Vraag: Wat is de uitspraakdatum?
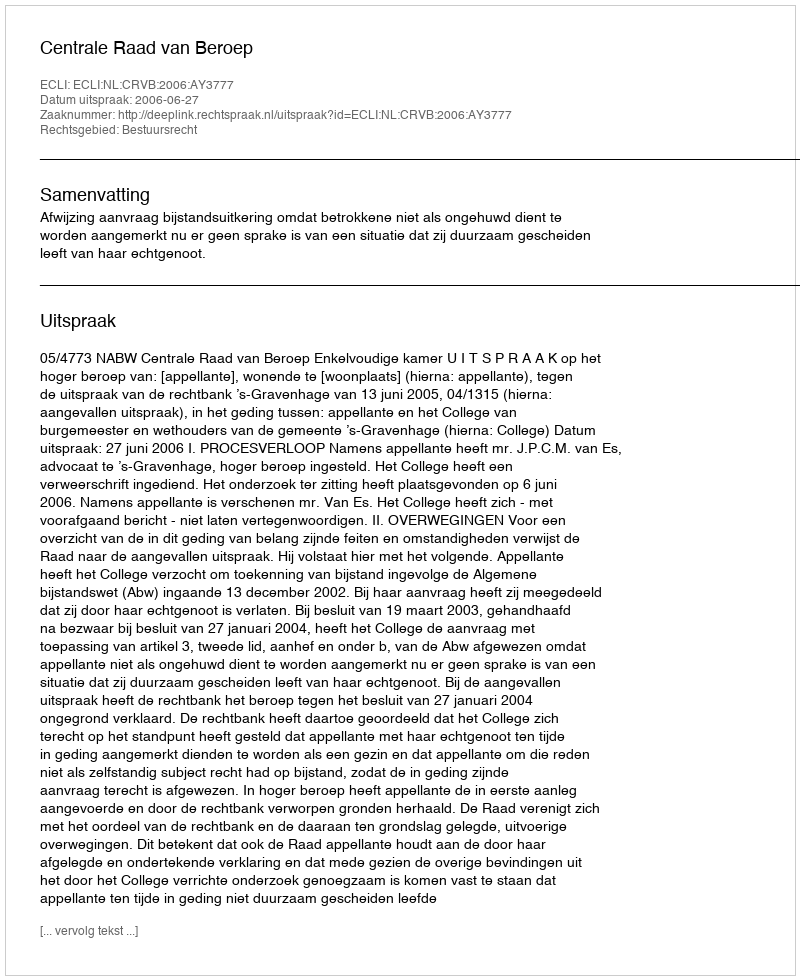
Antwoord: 2006-06-27